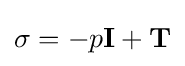
{\mathbf {\sigma } }=-p{\mathbf {I} }+{\mathbf {T} }